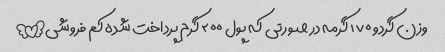
وزن گردو ۱۷۰ گرمه در صورتی که پول ۲۰۰ گرم پرداخت شده کم فروشی!!!!!!!